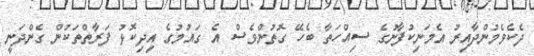
ދެކެވެމުންދާއިރު އެމަނިކުފާނުގެ ސިއްހަތާ ބެހޭ ގޮތުންވެސް އެ ގައުމުގެ އިދިކޮޅު ފަރާތްތަކުން ގެންދަނީ